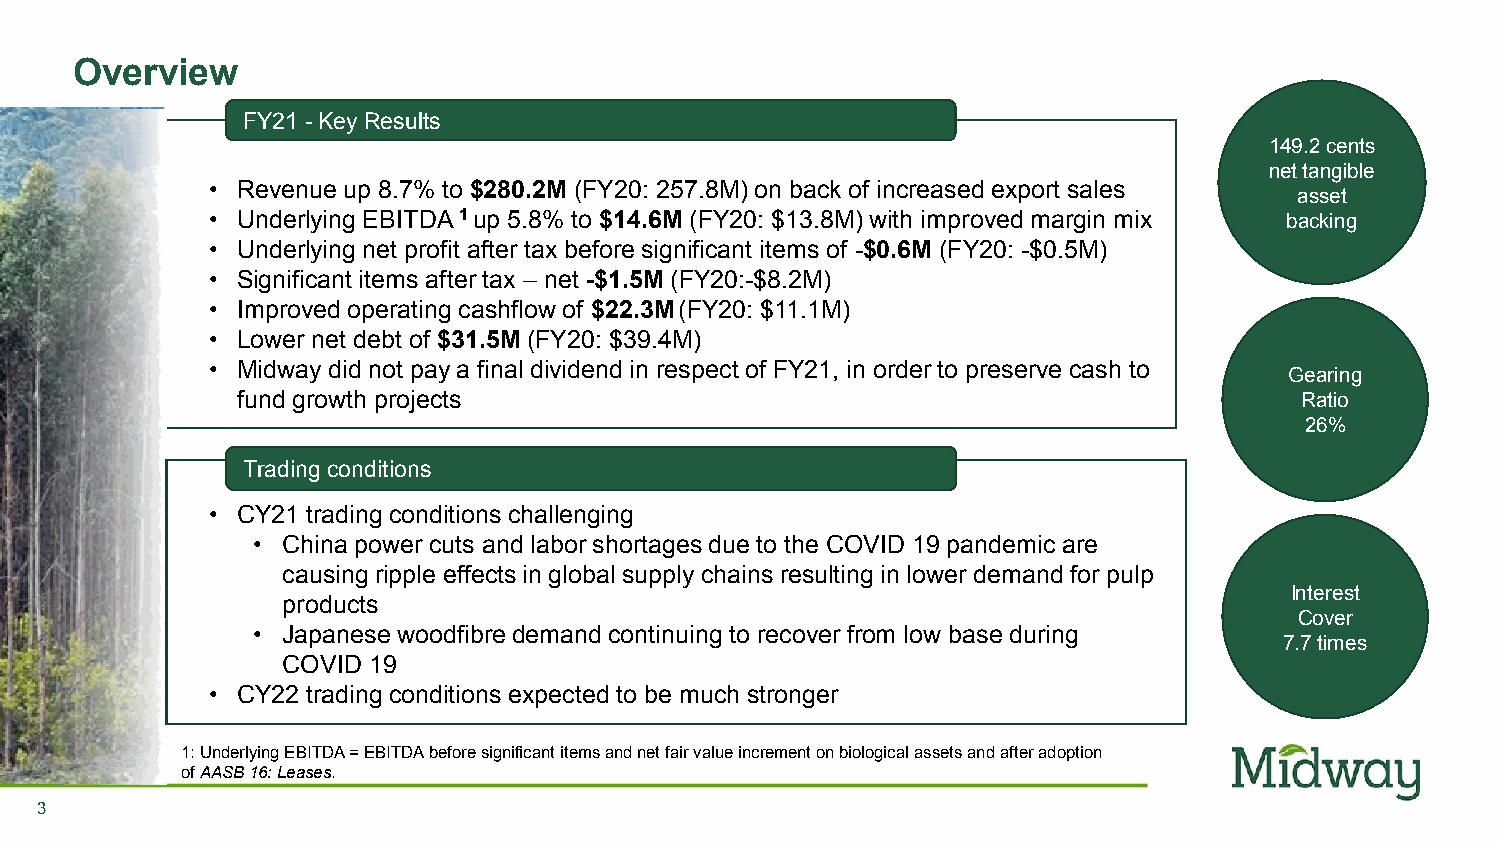
Overview
 FY21 -Key Results
 149.2 cents
 net tangible
 • Revenue up 8.7% to $280.2M (FY20: 257.8M) on back of increased export sales
 asset
 • Underlying EBITDA 1up 5.8% to $14.6M (FY20: $13.8M) with improved margin mix backing
 n-       • Underlying net profit after tax before significant items of -$0.6M (FY20: -$0.5M)
 • Significant items after tax – net -$1.5M (FY20:-$8.2M)
 • Improved operating cashflow of $22.3M(FY20: $11.1M)
 • Lower net debt of $31.5M (FY20: $39.4M)
 • Midway did not pay a final dividend in respect of FY21, in order to preserve cash to
 Gearing
 fund growth projects                                                  Ratio
 26%
 Trading conditions
 • CY21 trading conditions challenging
 • China power cuts and labor shortages due to the COVID 19 pandemic are
 causing ripple effects in global supply chains resulting in lower demand for pulp
 Interest
 products
 Cover
 • Japanese woodfibre demand continuing to recover from low base during
 7.7times
 COVID 19
 • CY22 trading conditions expected to be much stronger
 1: Underlying EBITDA = EBITDA before significant items and net fair value increment on biological assets and after adoption
 of AASB 16: Leases.
 3